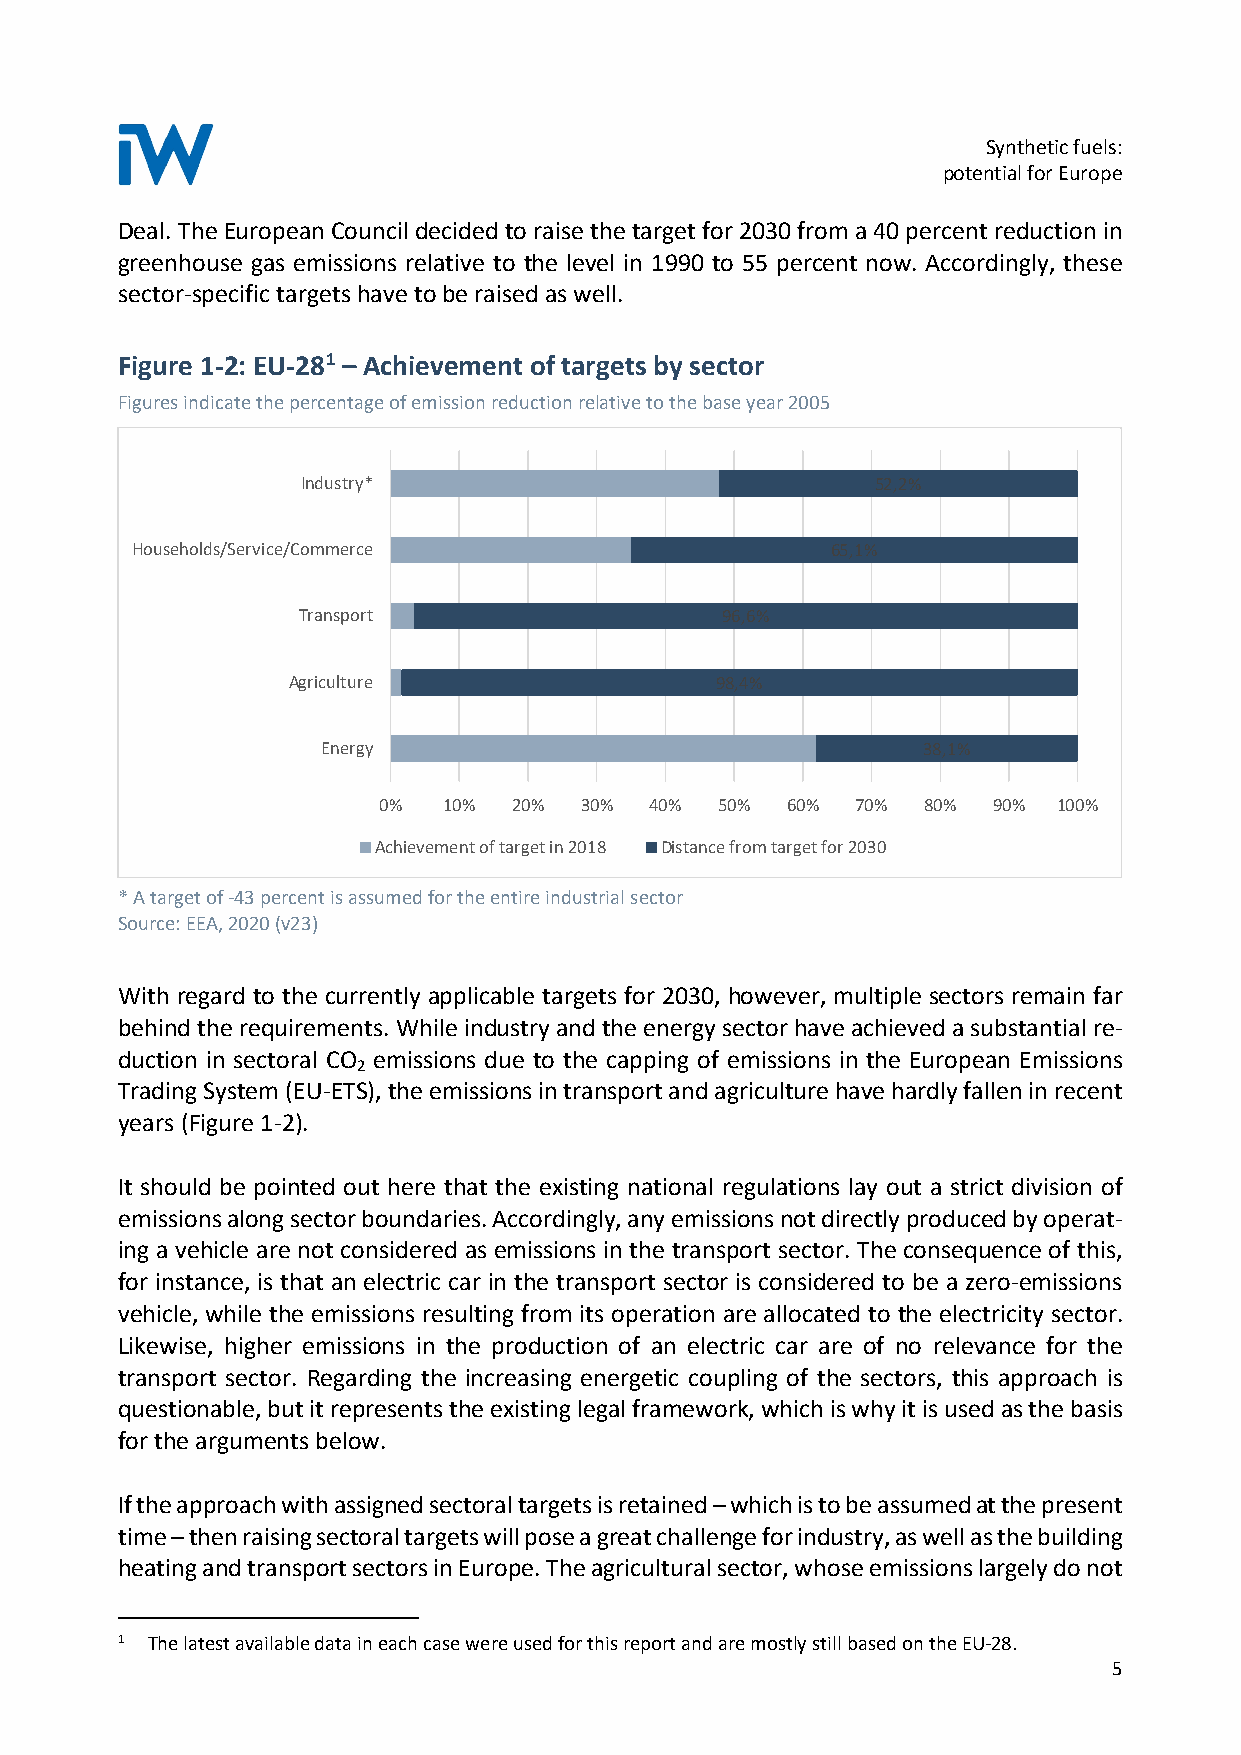
Synthetic fuels:
 potential for Europe
 Deal. The European Council decided to raise the target for 2030 from a 40 percent reduction in
 greenhouse gas emissions relative to the level in 1990 to 55 percent now. Accordingly, these
 sector-specific targets have to be raised as well.
 Figure 1-2: EU-281 – Achievement of targets by sector
 Figures indicate the percentage of emission reduction relative to the base year 2005
 Industry*                             52,2%
 Households/Service/Commerce                   65,1%
 Transport                   96,6%
 Agriculture                 98,4%
 Energy                                  38,1%
 0%  10%  20% 30%  40%  50% 60%  70% 80%  90% 100%
 Achievement of target in 2018 Distance from target for 2030
 * A target of -43 percent is assumed for the entire industrial sector
 Source: EEA, 2020 (v23)
 With regard to the currently applicable targets for 2030, however, multiple sectors remain far
 behind the requirements. While industry and the energy sector have achieved a substantial re-
 duction in sectoral CO emissions due to the capping of emissions in the European Emissions
 2
 Trading System (EU-ETS), the emissions in transport and agriculture have hardly fallen in recent
 years (Figure 1-2).
 It should be pointed out here that the existing national regulations lay out a strict division of
 emissions along sector boundaries. Accordingly, any emissions not directly produced by operat-
 ing a vehicle are not considered as emissions in the transport sector. The consequence of this,
 for instance, is that an electric car in the transport sector is considered to be a zero-emissions
 vehicle, while the emissions resulting from its operation are allocated to the electricity sector.
 Likewise, higher emissions in the production of an electric car are of no relevance for the
 transport sector. Regarding the increasing energetic coupling of the sectors, this approach is
 questionable, but it represents the existing legal framework, which is why it is used as the basis
 for the arguments below.
 If the approach with assigned sectoral targets is retained – which is to be assumed at the present
 time – then raising sectoral targets will pose a great challenge for industry, as well as the building
 heating and transport sectors in Europe. The agricultural sector, whose emissions largely do not
 1 The latest available data in each case were used for this report and are mostly still based on the EU-28.
 5